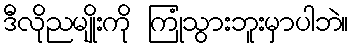
ဒီလိုညမျိုးကို ကြုံသွားဘူးမှာပါဘဲ။